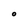
Character: O